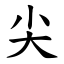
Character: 尖